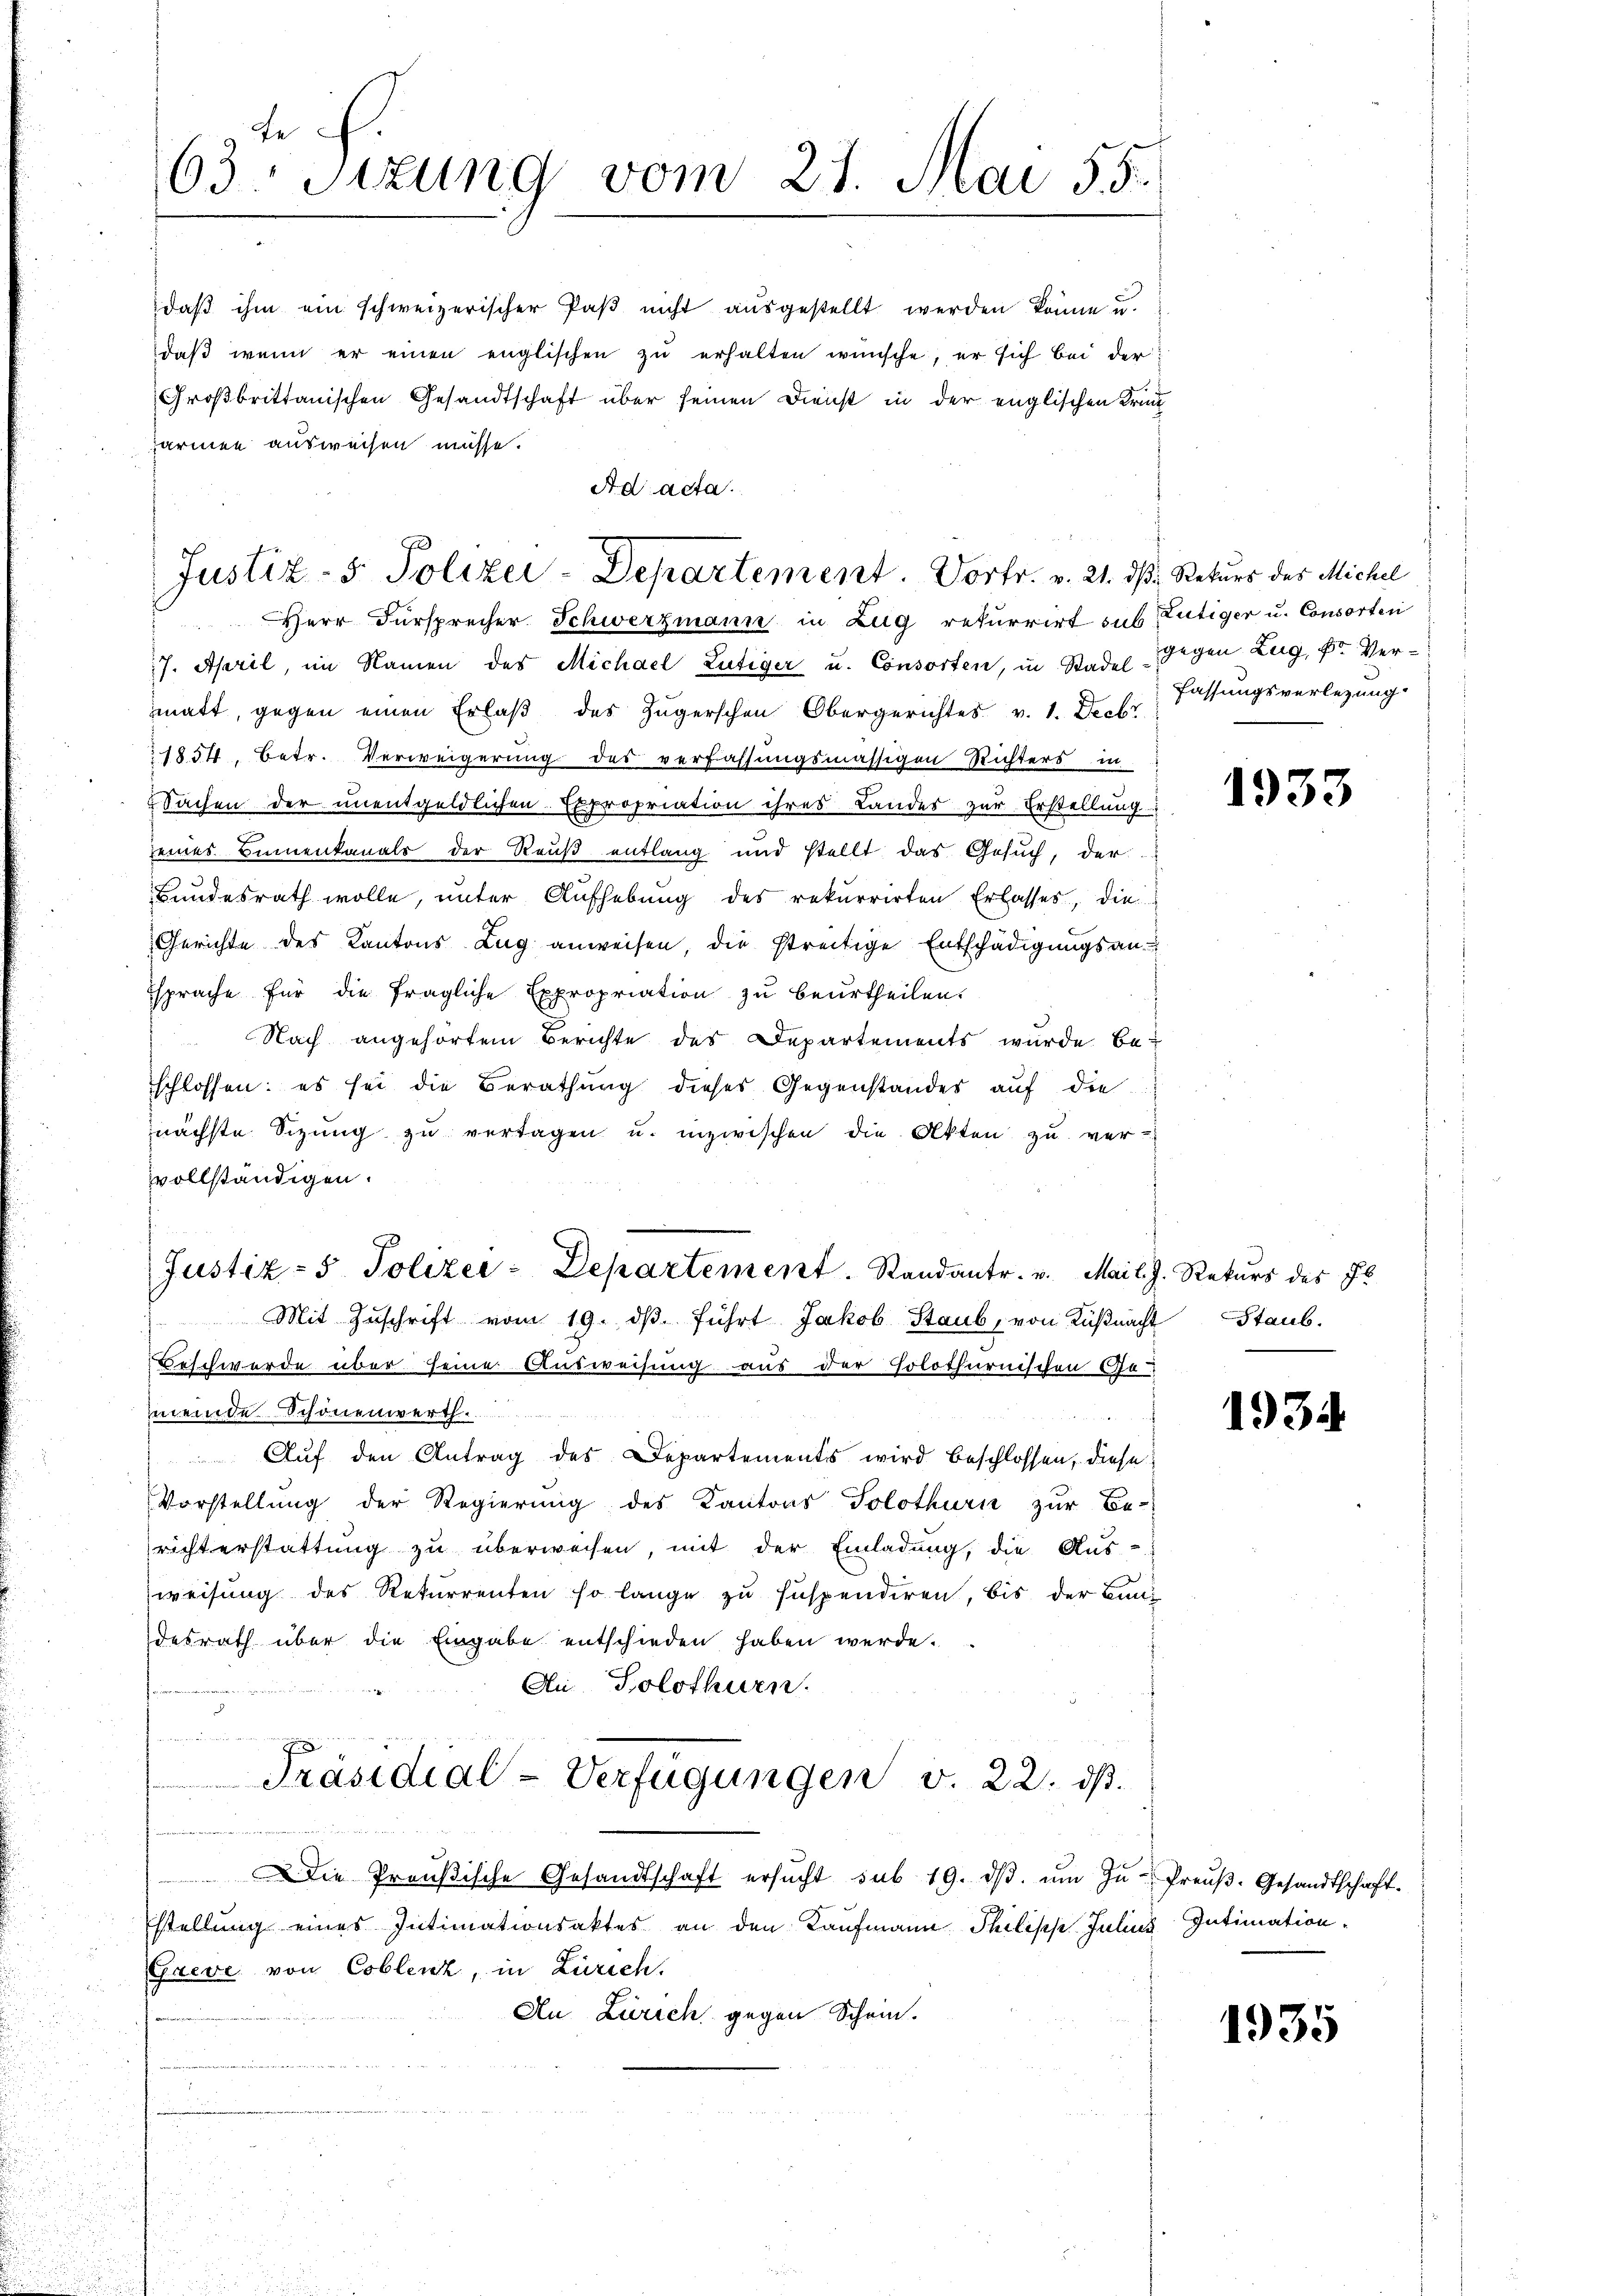
daß ihm ein schweizerischer Paß nicht ausgestellt werden könne u.
daβ wenn er einen englischen zŭ erhalten wünsche, er sich bei der
Großbrittanischen Gesandtschaft über seinen Dienst in der englischen Kran
ärmen ausweisen müsse.
Ad acta.

te
63. Sizung vom 27. Mai 55.

Justiz- & Polizei-Departement. Vortr. v. 21. ds Rekurs des Michel
Herr Fürsprecher Schwerzmann in Zug rekurrirt sub Tutiger u. Consorten

Justiz- & Polizei-Departement. Standantr. v. Mai l. J. Rekurs des Fl

7. April, im Namen des Michael Lutiger u. Consorten, in Stadel gegen Zug, Fr. Vermatt, gegen einen Erlaß des Zugerschen Obergerichtes v. 1. Decbr
1854, Betr. Verweigerung des verfassungsmässigen Richters i
Sachen der unentgeldlichen Expropriation ihres Landes zur Erstellung
eines Bennenkanals der Reuß entlang und stellt das Gesŭch, der
Bundesrath wolle, unter Aufhebung des rekurrirten Erlasses, die
Gerichte des Kantons Zug anweisen, die streitige Entschädigungsan-
sprache für die fragliche Expropriation zu beurtheilen.
Nach angehörtem Berichte des Departements wurde be-
schlossen: es sei die Berathŭng dieses Gegenstandes aŭf die
nächste Sizung zu vertagen u. inzwischen die Akten zu ver-
vvollständigen.
Mit Zŭschrift vom 19. dβ. führt Jakob Staub, von Küßnacht
Beschwerde über seine Ausweisung aus der Polothurnischen Ge-
meinde Schönenwerth.
Aŭf den Antrag des Departements wird beschlossen, diese
Vorstellung der Regierung des Kantons Solothurn zur Be-
richterstattung zu überweisen, mit der Einladung, die Aus-
weisung des Rekurrenten so lange zu suspendiren, bis der Bundesrath über die Eingabe entschieden haben werde.
An Solothurn.
n
e
Präsidial-Verfügungen v. 22. ds.
e
Die Preußische Gesandtschaft ersŭcht sub 19. dβ. ŭm Zŭ- Preŭβ- Gesandtschaft.
stellung eines Intimationsaktes an den Kaufmann Philische Julius Intimation
Greve von Coblenz, in Zürich.
Au Zürich gegen Schein.

fassungsverlegung

1933

Staub.

1934

1935